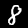
Digit: 8